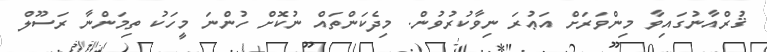
ޤުރްއާނުގައިވާ މިންވަރަށް އަޢުރަ ނިވާކުރުވުން. މިދެކަންތައް ނުކޮށް ހުންނަ މީހަކު ތިމަންނާ ރަސޫލް